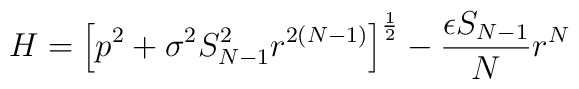
H=\left[ p^2+\sigma^2S_{N-1}^2r^{2(N-1)}\right]^{\frac 12}-\frac{\epsilon S_{N-1}}{N}r^N